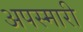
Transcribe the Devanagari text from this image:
अपस्मारी